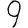
Digit: 9